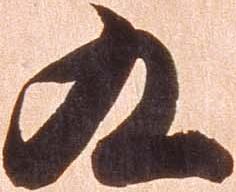
九